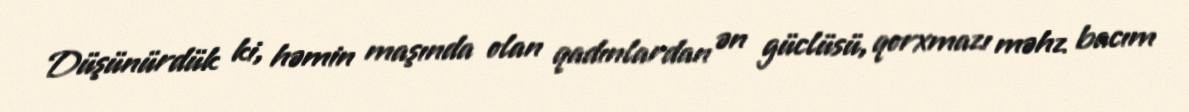
Düşünürdük ki, həmin maşında olan qadınlardan ən güclüsü, qorxmazı məhz bacım